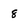
Character: 8